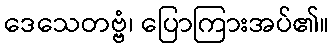
ဒေသေတဗ္ဗံ၊ ပြောကြားအပ်၏။